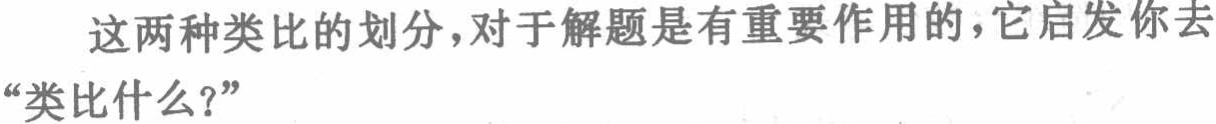
这两种类比的划分，对于解题是有重要作用的，它启发你去“类比什么？”